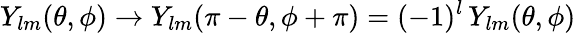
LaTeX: Y_{lm}(\theta,\phi)\to Y_{lm}(\pi-\theta,\phi+\pi)=(-1)^{l}\, Y_{lm}(\theta,\phi)